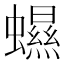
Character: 䗾